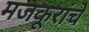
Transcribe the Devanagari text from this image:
मजकूरांचे